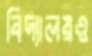
বিদ্যালয়ও